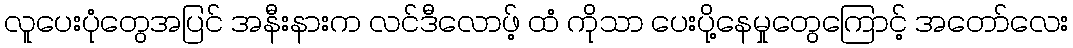
လူပေးပုံတွေအပြင် အနီးနားက လင်ဒီလောဖ့် ထံ ကိုသာ ပေးပို့နေမှုတွေကြောင့် အတော်လေး